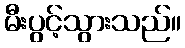
မီးပွင့်သွားသည်။